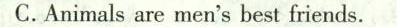
C.Animalsare men's best friends.